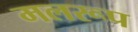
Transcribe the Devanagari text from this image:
मलरूप